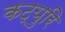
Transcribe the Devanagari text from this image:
कट्युरि